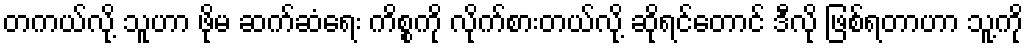
တကယ်လို့ သူဟာ ဖိုမ ဆက်ဆံရေး ကိစ္စကို လိုက်စားတယ်လို့ ဆိုရင်တောင် ဒီလို ဖြစ်ရတာဟာ သူ့ကို